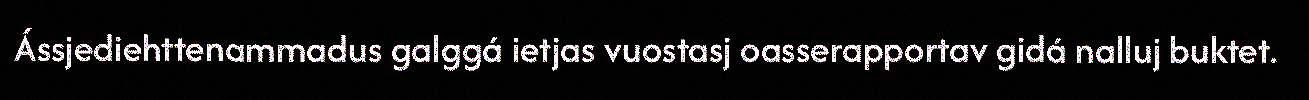
Ássjediehttenammadus galggá ietjas vuostasj oasserapportav gidá nalluj buktet.